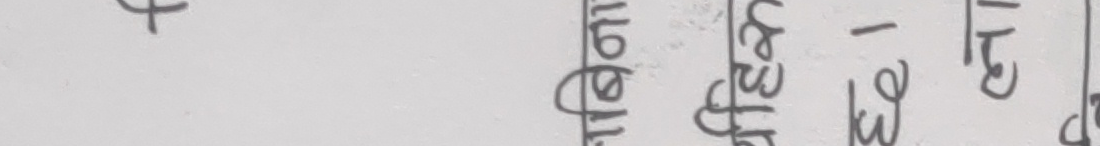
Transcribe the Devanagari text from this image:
श्री ३/१६।